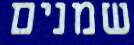
שמנים